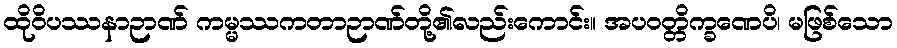
ထိုဝိပဿနာဉာဏ် ကမ္မဿကတာဉာဏ်တို့၏လည်းကောင်း။ အပဝတ္တိက္ခဏေပိ၊ မဖြစ်သော